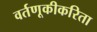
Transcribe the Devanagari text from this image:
वर्तणूकीकरिता